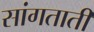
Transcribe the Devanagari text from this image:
सांगताती